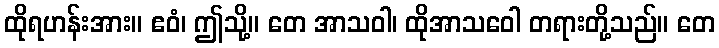
ထိုရဟန်းအား။ ဧဝံ၊ ဤသို့။ တေ အာသဝါ၊ ထိုအာသဝေါ တရားတို့သည်။ တေ